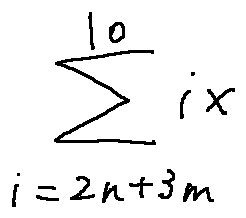
\sum \limits _ { i = 2 n + 3 m } ^ { 1 0 } i x